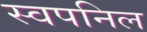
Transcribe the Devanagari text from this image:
स्वपनिल